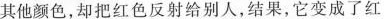
其他颜色，却把红色反射给别人，结果，它变成了红